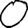
Digit: 0